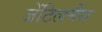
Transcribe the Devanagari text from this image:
जेंटिलमैंस